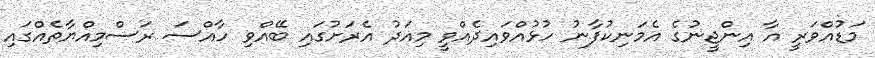
މަޑުއްވަރީ އާ އިންޖީނުގެ އެމަނިކުފާނު ހުޅުއްވައިދެއްވީ މިއަދު އެރަށުގައި ބޭއްވި ހާއްސަ ރަސްމިއްޔާތެއްގައި